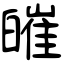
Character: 皠